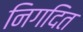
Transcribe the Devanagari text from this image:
निगदित